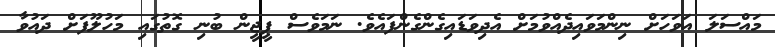
މައްސަލަ އަވަހަށް ނިންމަވައިދެއްވުމަށް އެދިވަޑައިގެންގެންފައެވެ. ނަމަވެސް ޕީޖީން ބުނި ގޮތުގައި މަހުލޫފަށް ދައުވާ